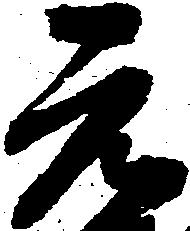
元